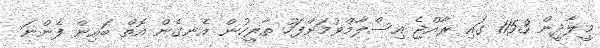
މީލާދީން 1153 ގައި ރާއްޖެ އިސްލާމްވުމަށްފަހު ތާރީހުން އެނގެން އޮތް ބައިން ފެންނަ